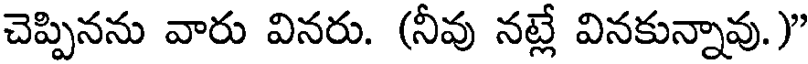
చెప్పినను వారు వినరు. (నీవు నట్లే వినకున్నావు. )"